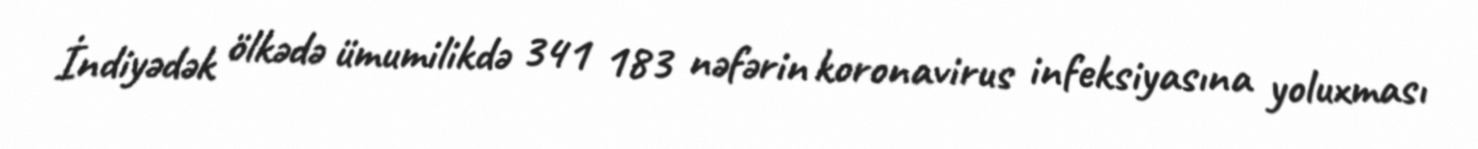
İndiyədək ölkədə ümumilikdə 341 183 nəfərin koronavirus infeksiyasına yoluxması